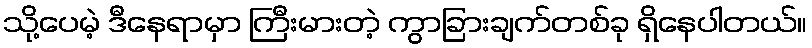
သို့ပေမဲ့ ဒီနေရာမှာ ကြီးမားတဲ့ ကွာခြားချက်တစ်ခု ရှိနေပါတယ်။